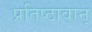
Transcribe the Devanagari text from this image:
प्रतिष्ठावान्